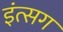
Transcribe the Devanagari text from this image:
इंत्सग